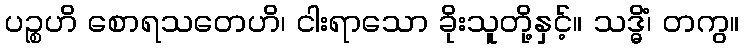
ပဉ္စဟိ စောရသတေဟိ၊ ငါးရာသော ခိုးသူတို့နှင့်။ သဒ္ဓိံ၊ တကွ။